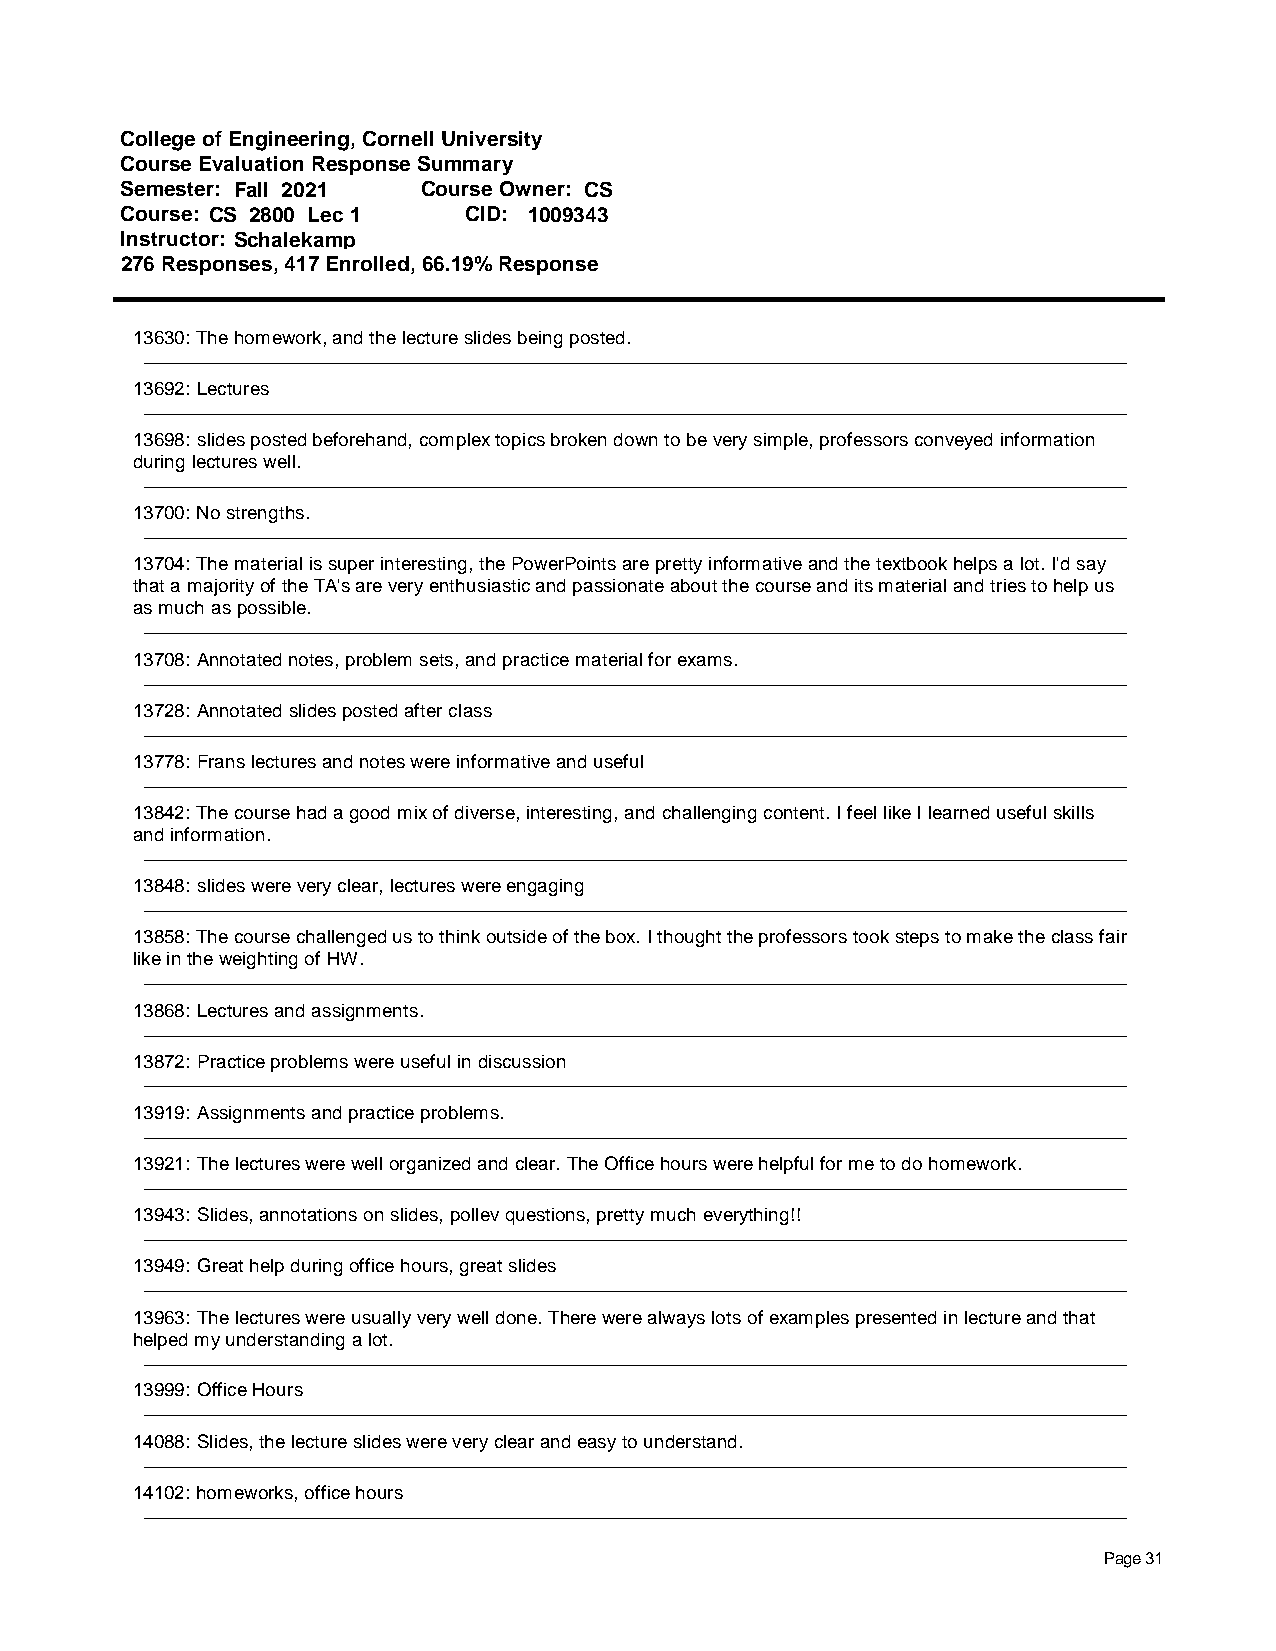
College of Engineering, Cornell University
 Course Evaluation Response Summary
 Semester: Fall 2021 Course Owner: CS
 Course: CS 2800 Lec 1  CID: 1009343
 Instructor: Schalekamp
 276 Responses, 417 Enrolled, 66.19% Response
 13630: The homework, and the lecture slides being posted.
 13692: Lectures
 13698: slides posted beforehand, complex topics broken down to be very simple, professors conveyed information
 during lectures well.
 13700: No strengths.
 13704: The material is super interesting, the PowerPoints are pretty informative and the textbook helps a lot. I'd say
 that a majority of the TA's are very enthusiastic and passionate about the course and its material and tries to help us
 as much as possible.
 13708: Annotated notes, problem sets, and practice material for exams.
 13728: Annotated slides posted after class
 13778: Frans lectures and notes were informative and useful
 13842: The course had a good mix of diverse, interesting, and challenging content. I feel like I learned useful skills
 and information.
 13848: slides were very clear, lectures were engaging
 13858: The course challenged us to think outside of the box. I thought the professors took steps to make the class fair
 like in the weighting of HW.
 13868: Lectures and assignments.
 13872: Practice problems were useful in discussion
 13919: Assignments and practice problems.
 13921: The lectures were well organized and clear. The Office hours were helpful for me to do homework.
 13943: Slides, annotations on slides, pollev questions, pretty much everything!!
 13949: Great help during office hours, great slides
 13963: The lectures were usually very well done. There were always lots of examples presented in lecture and that
 helped my understanding a lot.
 13999: Office Hours
 14088: Slides, the lecture slides were very clear and easy to understand.
 14102: homeworks, office hours
 Page 31